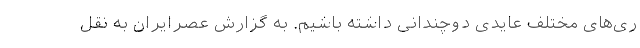
ری‌های مختلف عایدی دوچندانی داشته باشیم. به گزارش عصرایران به نقل